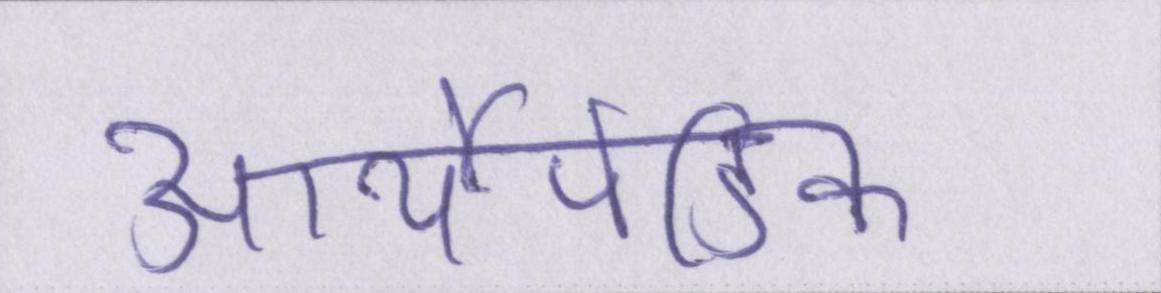
आर्थोपेडिक